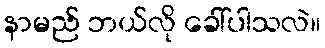
နာမည် ဘယ်လို ခေါ်ပါသလဲ။